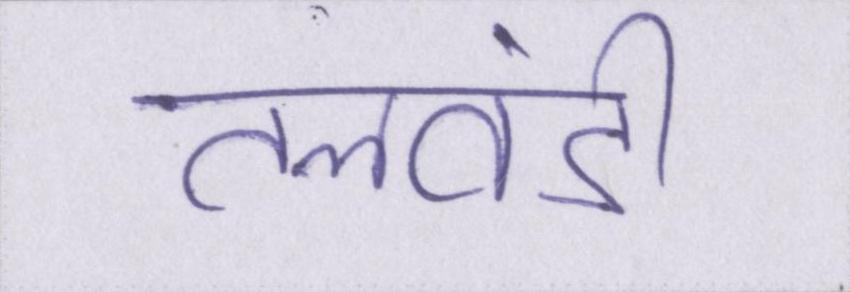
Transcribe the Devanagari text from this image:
तलवंडी